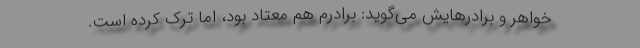
خواهر و برادرهایش می‌گوید: برادرم هم معتاد بود، اما ترک کرده است.